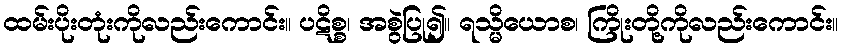
ထမ်းပိုးတုံးကိုလည်းကောင်း။ ပဋိစ္စ၊ အစွဲပြု၍။ ရသ္မိယောစ၊ ကြိုးတို့ကိုလည်းကောင်း။